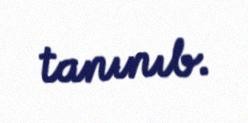
tanınıb.